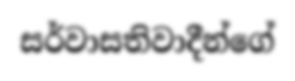
සර්වාසතිවාදීන්ගේ